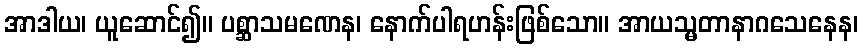
အာဒါယ၊ ယူဆောင်၍။ ပစ္ဆာသမဏေန၊ နောက်ပါရဟန်းဖြစ်သော။ အာယသ္မတာနာဂသေနေန၊